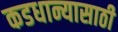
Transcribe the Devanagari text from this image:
कडधान्यासाठी